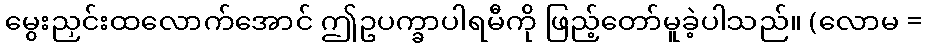
မွေးညှင်းထလောက်အောင် ဤဥပက္ခာပါရမီကို ဖြည့်တော်မူခဲ့ပါသည်။ (လောမ =